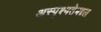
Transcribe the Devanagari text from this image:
अस्पृश्यतेबद्दल